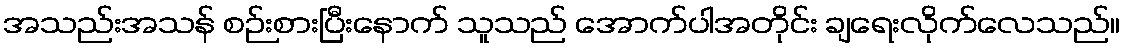
အသည်းအသန် စဉ်းစားပြီးနောက် သူသည် အောက်ပါအတိုင်း ချရေးလိုက်လေသည်။